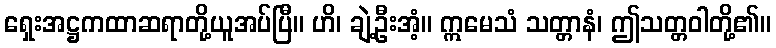
ရှေးအဋ္ဌကထာဆရာတို့ယူအပ်ပြီ။ ဟိ၊ ချဲ့ဦးအံ့။ ဣမေသံ သတ္တာနံ၊ ဤသတ္တဝါတို့၏။